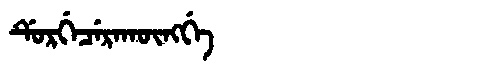
Manchu: ᡩᡠᡵᡤᡝᠴᡝᡵᠠᡴᡡᠩᡤᡝ
Romanization: DURGECERAKŪNGGE